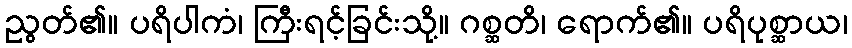
ညွတ်၏။ ပရိပါကံ၊ ကြီးရင့်ခြင်းသို့။ ဂစ္ဆတိ၊ ရောက်၏။ ပရိပုစ္ဆာယ၊